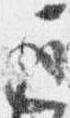
遅